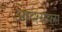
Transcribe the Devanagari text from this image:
आव्श्यक्स